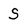
Character: S